Bréfritari: Malene Jensdóttir
Viðtakandi: Páll Pálsson
Dagsetning: A-1820-09-15
Skrifað á: Hallfreðarstöðum  N-Múl.

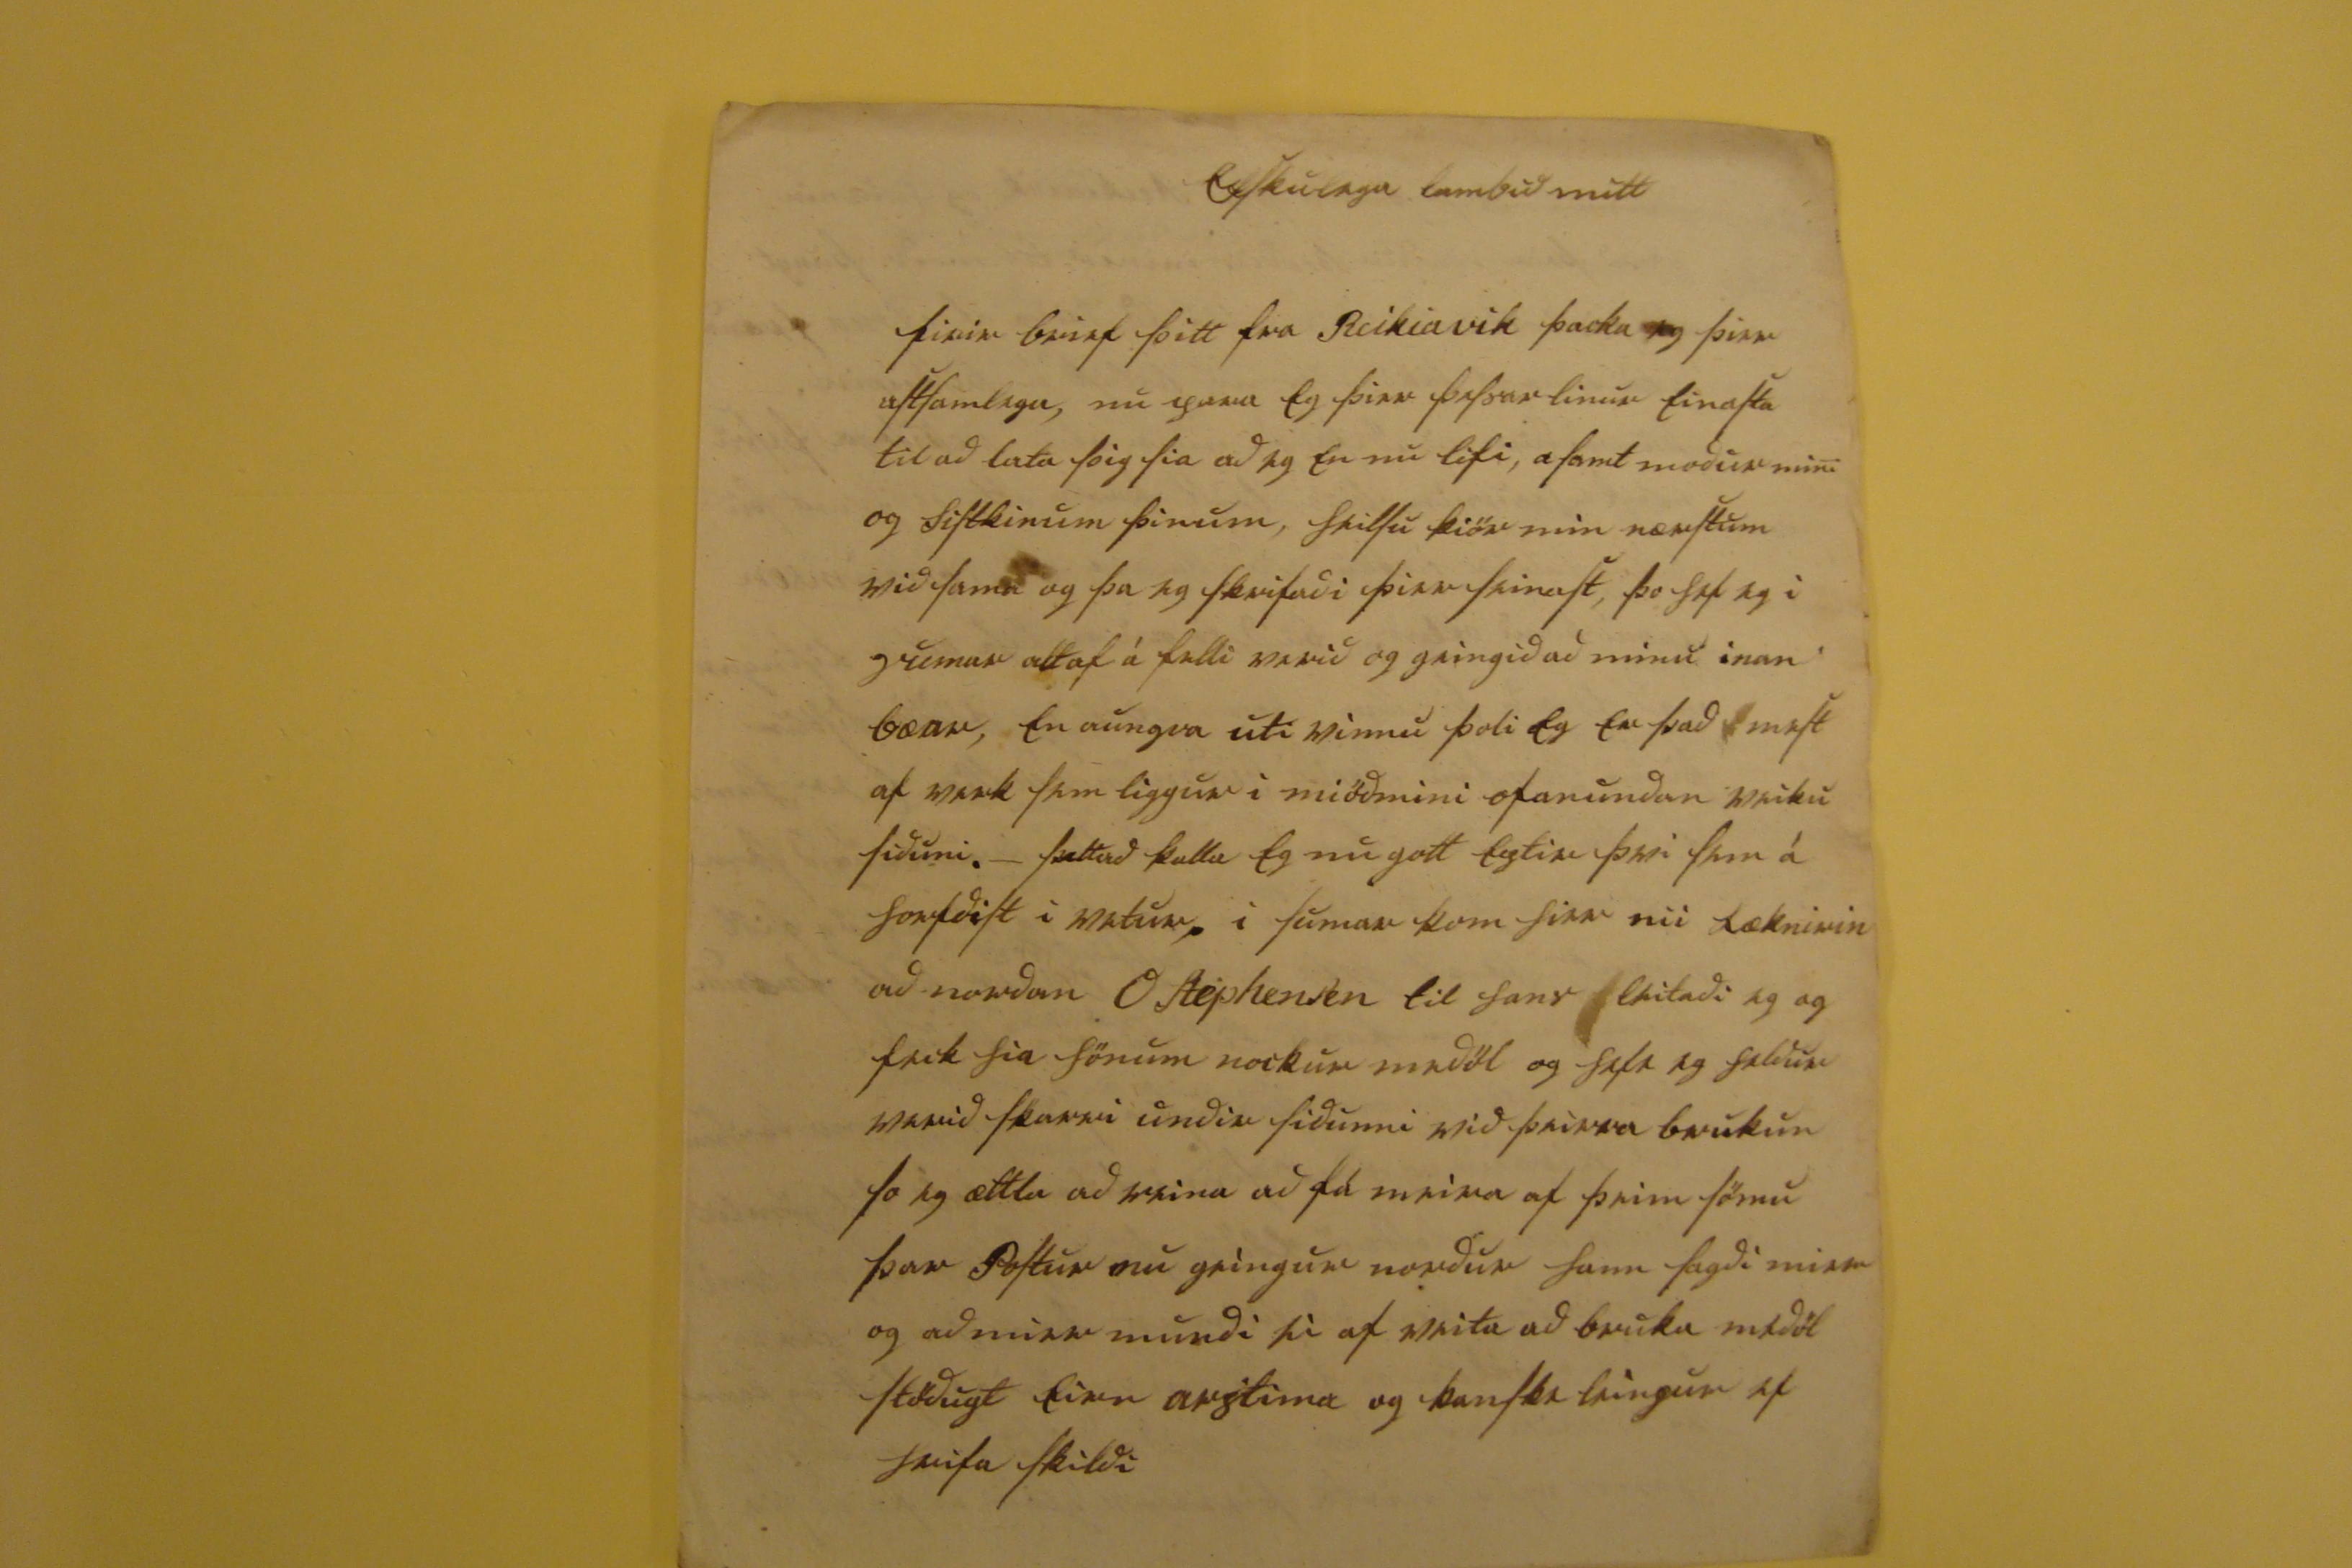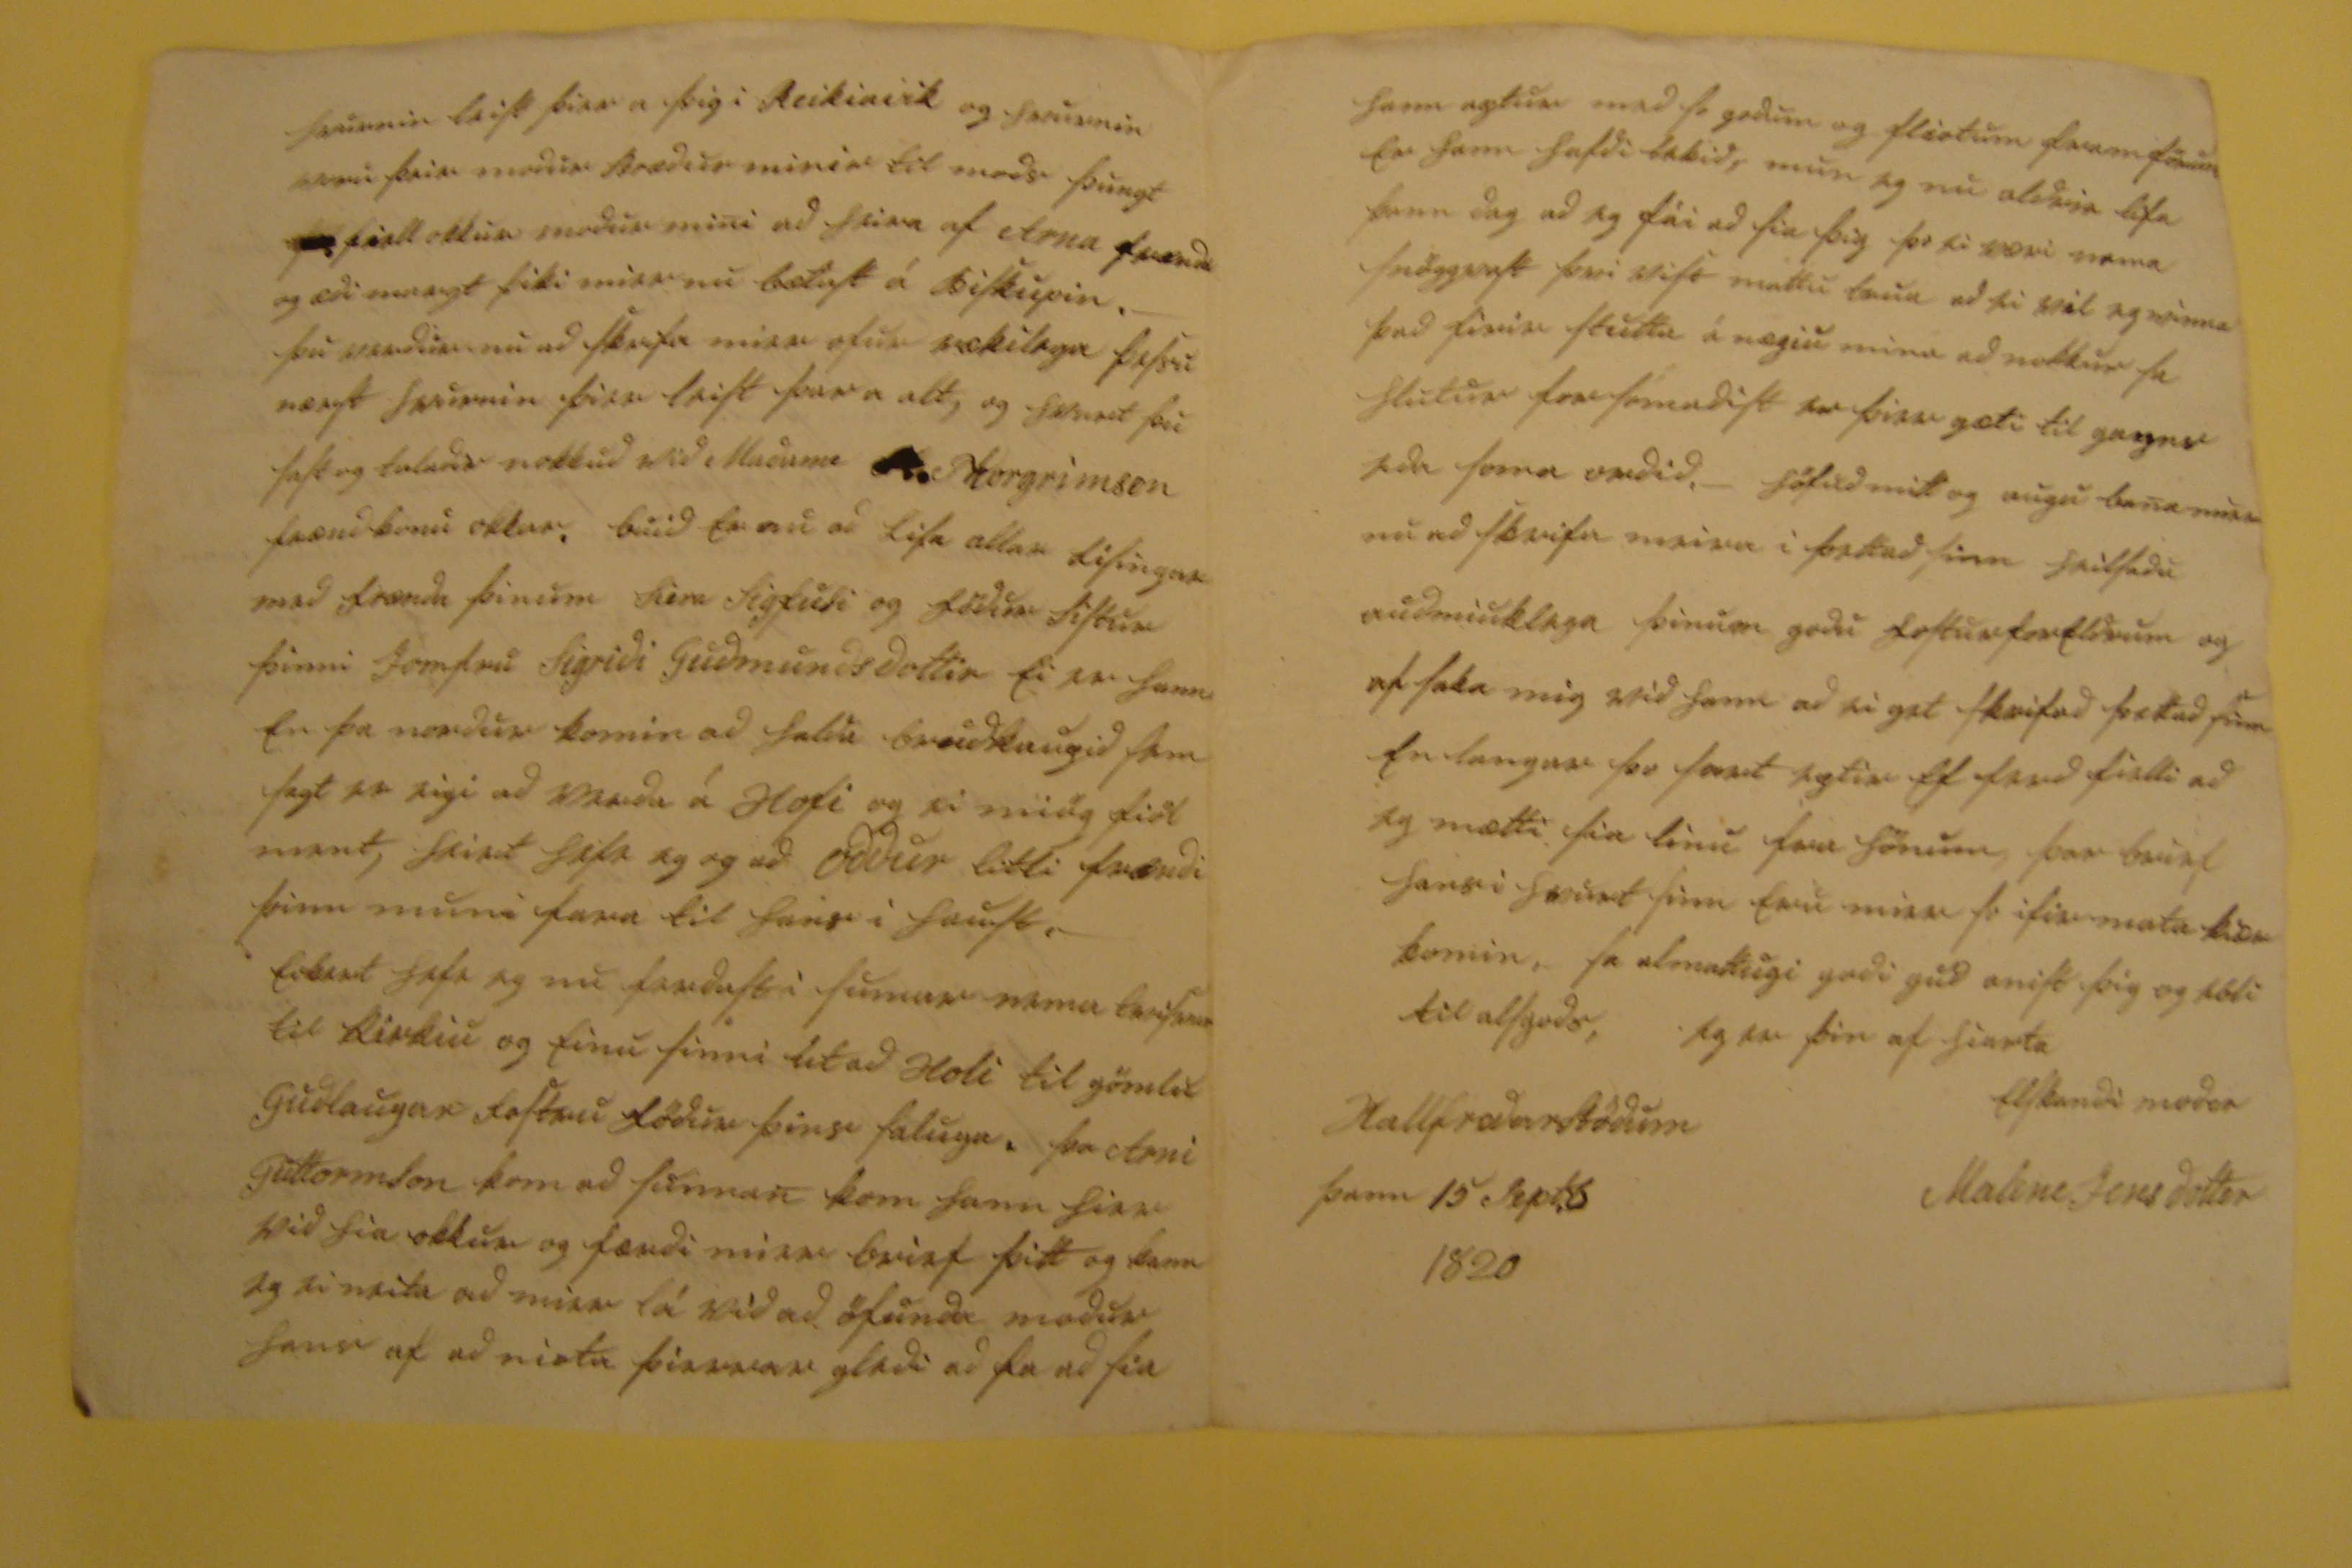

Elskulega lambid mitt
firir brief þitt fra Reikiavik þacka eg þier astsamlega, nu para eg þier þessar linur einasta til að lata þig sia ad eg en nu lifi, asamt modur mini og sistkinum þinum, heilsu kiör min nærstum við sama og þa eg skrifadi þier seinast, þo hef eg i
0umar
altaf á felli verid og geingid ad minu inan bæar, en aungva uti vinnu þoli eg er þad mest af verk sem liggur i miödmini ofanundan veiku siduni. - þettad kalla eg nu gott eptir þvi sem á horfdist i vetur, i sumar kom hier nii læknirin að nordan O Stephensen til hans leitadi eg og feck hia hönum nockur medöl og hefi eg heldur verid skarri undir sidunni vid þeirra brukun so eg ættla ad reina að fá meira af þeim sömu þar Postur nu geingur nordur hann sagdi mier og ad mier mundi ei af veita að bruka medöl stödugt
einn 00ptina
og kanski leingur ef
hrifa
skildi
hvurnin leist þier a þig i Reikiavik og hvurnin voru þeir modur brædur minir til mods þungt
00
fiell okkur modur mini ad heira af Arna frænda og ædi margt þiki mier nu bætast a Biskupin. _ þu verdur nu ad skrifa mier ofur rækilega þessu nærst hvurnin þier leist þar a alt, og hvurt þu sast og taladir nokkud vid Madame
0
Thorgrimsen frændkonu okkar. buid er nu ad
lisa
allar
lisingar
med frænda þinum Siera Sigfusi og födur sistur þinni Jomfru Sigridi Gudmundsdottir ei er hann en þa nordur komin ad halda brudkaupid sem sagt er eigi ad verda á Hofi og ei miög fiöl ment, heirt hefi eg ad Oddur litli frændi þinn muni fara til hans i haust. _
eckert hefi eg nu ferdast i sumar nema tvisvar til kirkiu og einu sinni út ad Holi til gömlu Gudlaugar fostru födur þins saluga. þa Arni Guttormson kom ad sunnan kom hann hier vid hia okkur og færdi mier brief þitt og kann eg ei vita ad mier la vid ad öfunda modur hans af ad niota þeirrar gledi ad fa ad sia
hann aptur med so godum og fliotum framförum er hann hafdi tekid, mun eg nu aldrei lifa þann dag ad eg fái ad sia þig þo ei væri nema snöggvast þvi vist mattu trua ad ei vil eg vinna þad firir stuttu ánægiu mina ad nokkur sa hlutur
forfórnadist
er þier gæti til gagns eda soma ordid. _ höfud mitt og augu bana mier nu ad skrifa meira i þettad sinn heilsadu audmiuklega þinum godu fosturforeldrum og af saka mig vid hann ad ei get skrifad þettad sinn en langar þo samt eptir ef ferd fielli ad eg mætti sia linu fra hönum, þar brief hans i hvurt sinn eru mier so ifir mata kiær komin, sa almattugi godi gud anist þig og ebli til als gods.
eg er þin af hiarta elskandi modir
Malene Jensdottir
Hallfredarstödum þann 15 Sept:b 1820